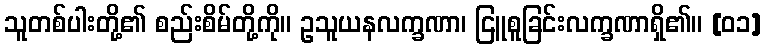
သူတစ်ပါးတို့၏ စည်းစိမ်တို့ကို။ ဥသူယနလက္ခဏာ၊ ငြူစူခြင်းလက္ခဏာရှိ၏။ [၀၁]